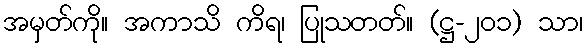
အမှတ်ကို။ အကာသိ ကိရ၊ ပြုသတတ်။ (ဋ္ဌ-၂၀၁) သာ၊